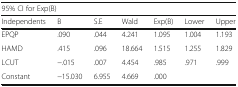
<table><thead><tr><td colspan="7"><b>95% CI for Exp(B)</b></td></tr><tr><td><b>Independents</b></td><td><b>B</b></td><td><b>S.E</b></td><td><b>Wald</b></td><td><b>Exp(B)</b></td><td><b>Lower</b></td><td><b>Upper</b></td></tr></thead><tbody><tr><td>EPQP</td><td>.090</td><td>.044</td><td>4.241</td><td>1.095</td><td>1.004</td><td>1.193</td></tr><tr><td>HAMD</td><td>.415</td><td>.096</td><td>18.664</td><td>1.515</td><td>1.255</td><td>1.829</td></tr><tr><td>LCUT</td><td>−.015</td><td>.007</td><td>4.454</td><td>.985</td><td>.971</td><td>.999</td></tr><tr><td>Constant</td><td>−15.030</td><td>6.955</td><td>4.669</td><td>.000</td><td></td><td></td></tr></tbody></table>